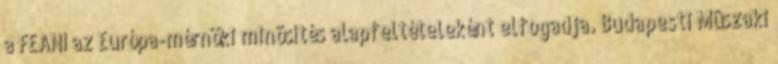
a FEANI az Európa-mérnöki minõsítés alapfeltételeként elfogadja. Budapesti Mûszaki